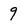
Character: 9